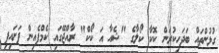
ގުޅުންތައް ބަދަހިކުރަން ކޮކާ ކޯލާގެ "ޝެއާ އަ ކޯކް" ރާއްޖޭގައި ކެމްޕެއިން ފަށައިފި